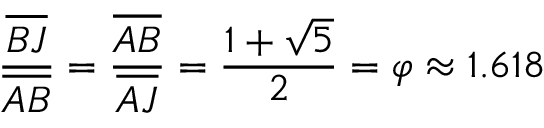
{ \frac { \overline { { B J } } } { \overline { { A B } } } } = { \frac { \overline { { A B } } } { \overline { { A J } } } } = { \frac { 1 + { \sqrt { 5 } } } { 2 } } = \varphi \approx 1 . 6 1 8